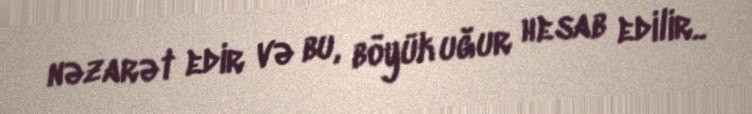
nəzarət edir və bu, böyük uğur hesab edilir..